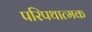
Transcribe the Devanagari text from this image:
परिपथात्मक